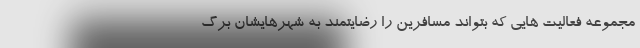
مجموعه فعالیت هایی که بتواند مسافرین را رضایتمند به شهرهایشان برگ